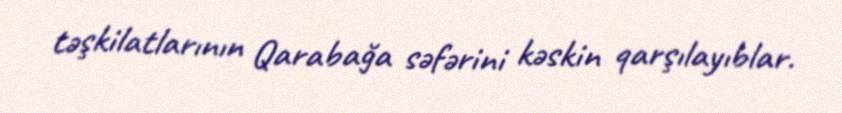
təşkilatlarının Qarabağa səfərini kəskin qarşılayıblar.